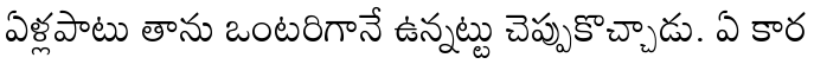
ఏళ్లపాటు తాను ఒంటరిగానే ఉన్నట్టు చెప్పుకొచ్చాడు. ఏ కార